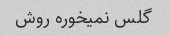
گلس‌ نمیخوره روش